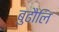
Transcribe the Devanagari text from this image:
बुढौलि